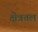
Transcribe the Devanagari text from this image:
क्षेत्रतल